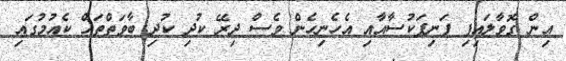
އިން ގޮވާލައިފި ފަނިފަކުސާއާއި އެހެނިހެން ވެސް ދިރޭ ކުދި ކުދި ބާވަތްތައް ކެއުމުގައި